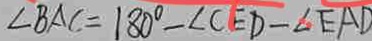
\angle B A C = 1 8 0 ^ { \circ } - \angle C E D - \angle E A D